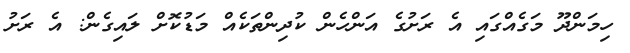
ހިމަންދޫ މަގެއްގައި އެ ރަށުގެ އަންހެން ކުދިންތަކެއް މަޑުކޮށް ލައިގެން: އެ ރަށު